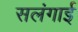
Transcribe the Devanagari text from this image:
सलंगाई